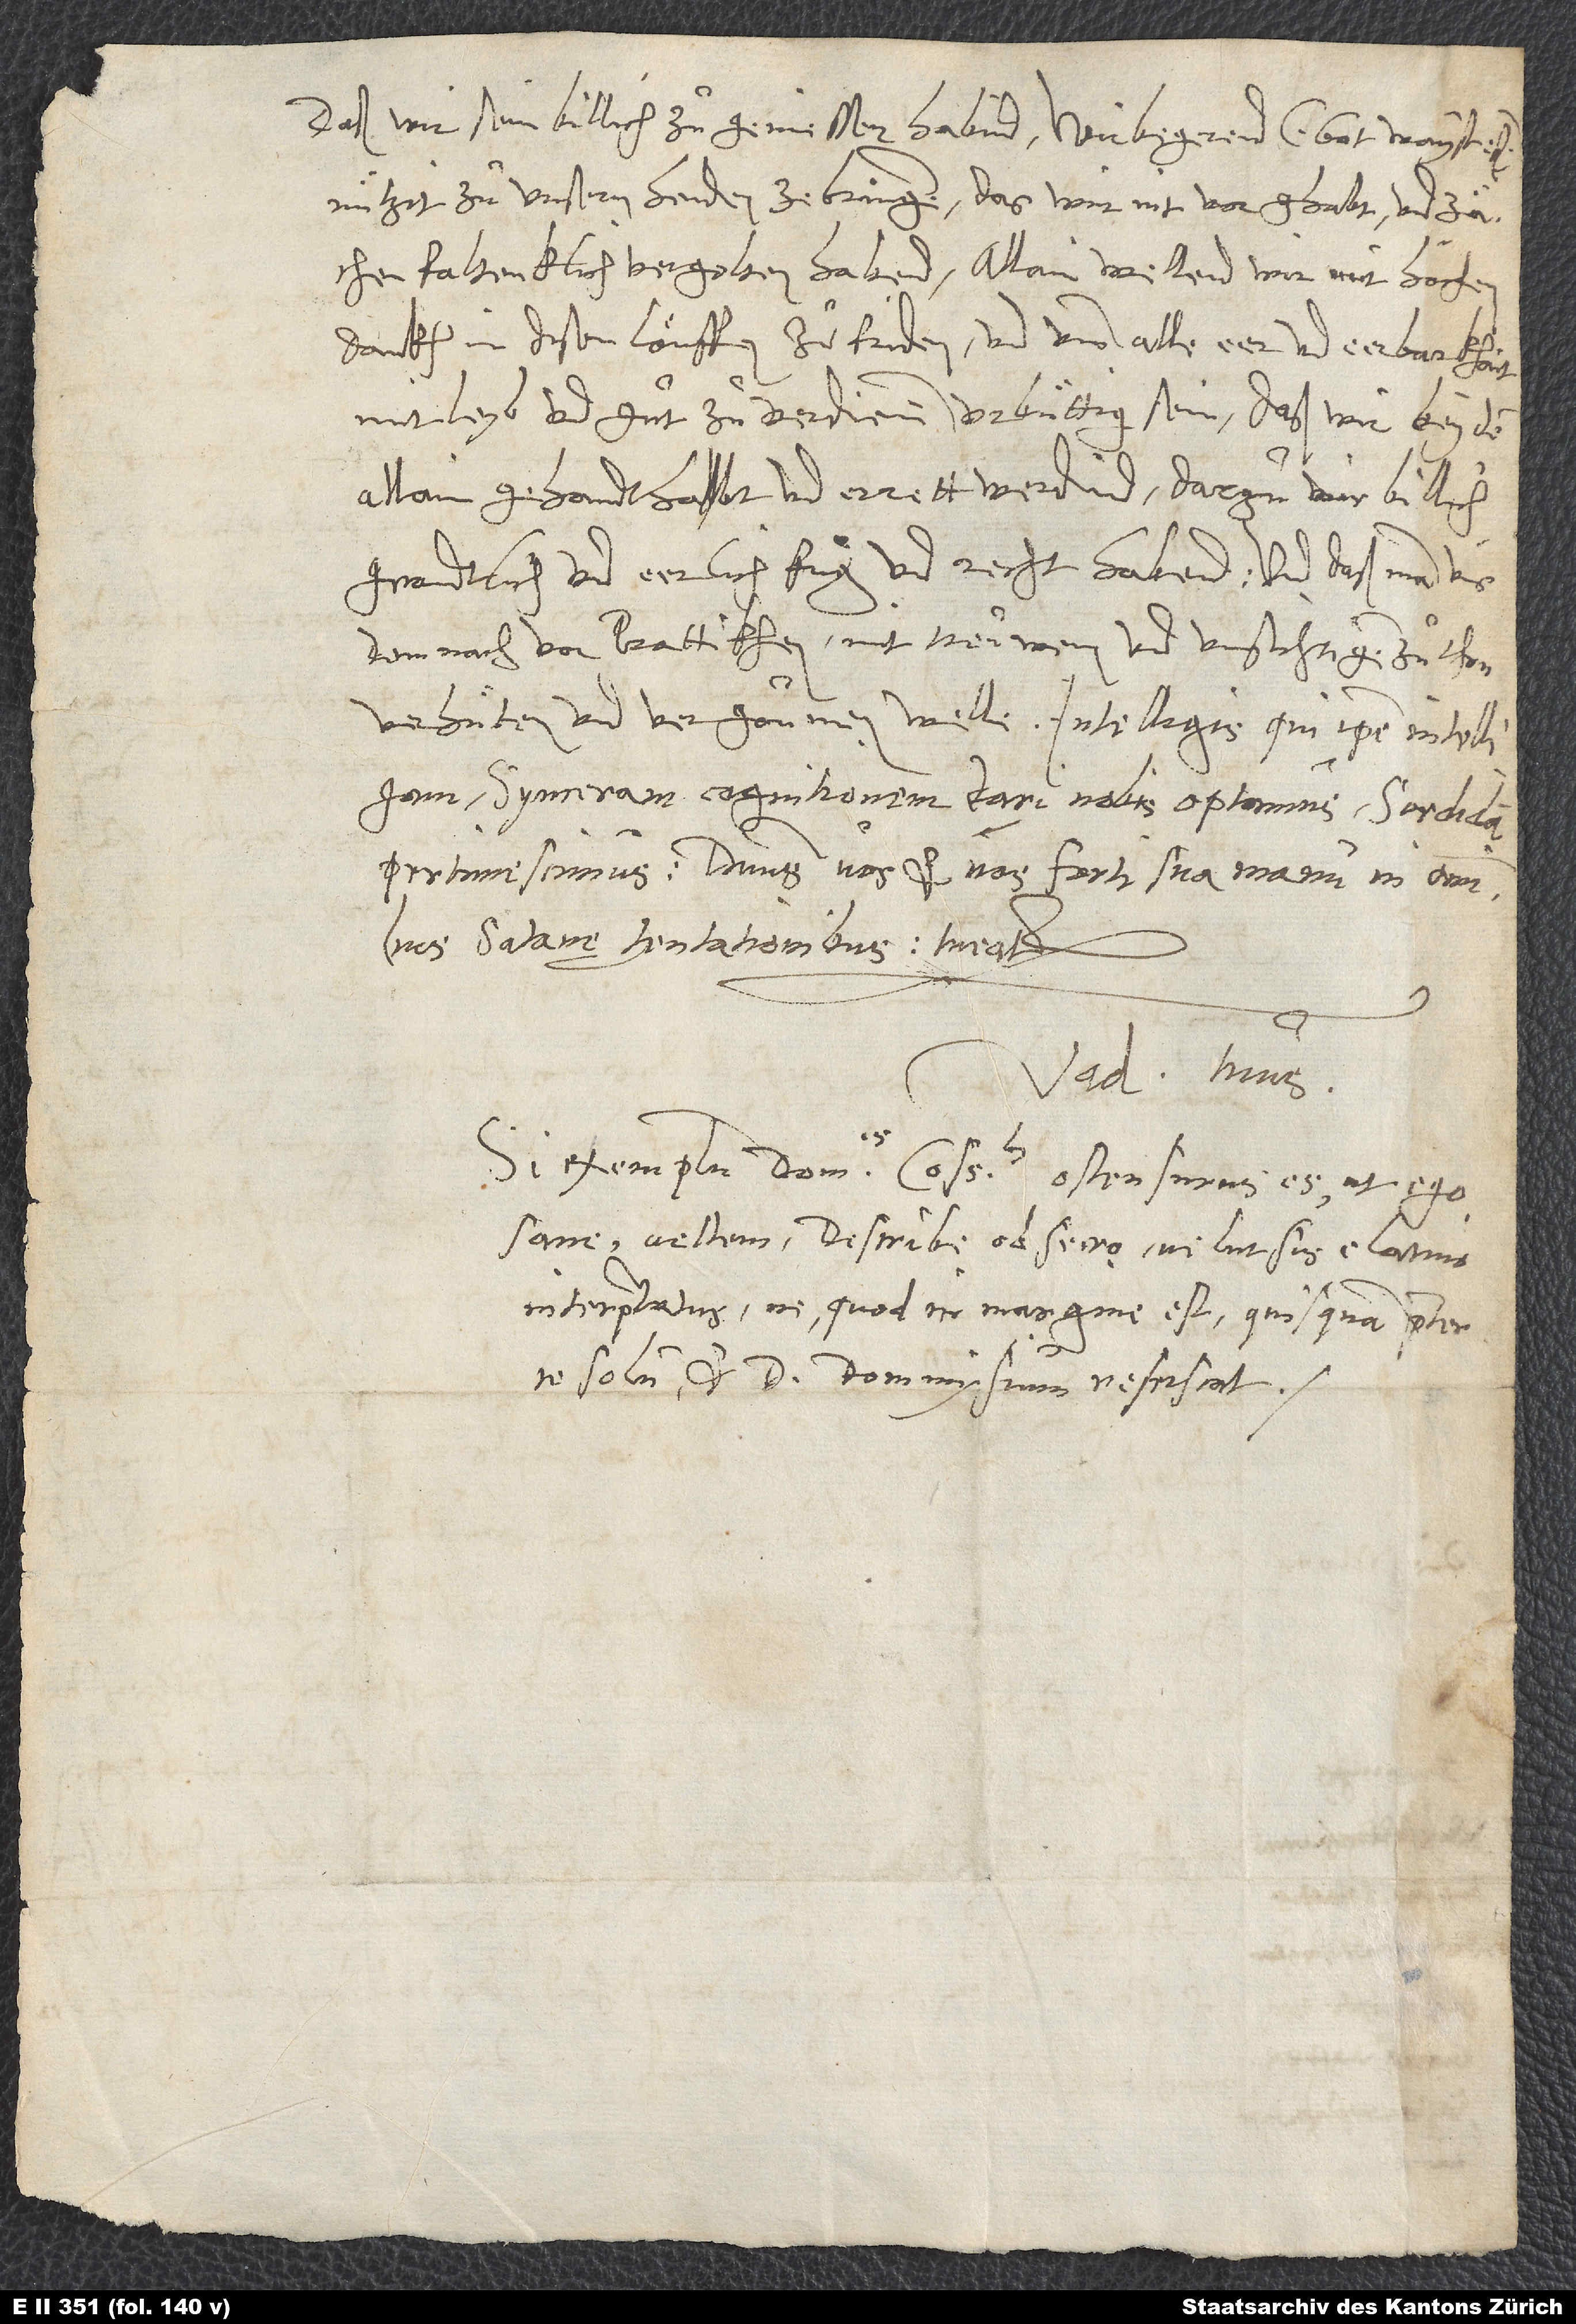
daß wir sein billich zuͦ geniessen habind. Wir begerend (got waist eß)
nützit zuͦ unsern henden ze bringen, das wir nit vor ghabt und
zächenfaltenklich vergolten habend. Allain wellend wir mit höchem
dankh in disen löuffen zuͦfriden und umb alle eer und eerbarkhait
mit leyb und guͦt zuͦ verdienen urbüttig sein, daß wir bey dem
allain gehandthabt und errett werdind, darzuͦ wir billich,
grondtlich und eerlich fuͦg und recht habend, und daß man uns
demnach vor prattikhen mit treuwem und umsichtigem zuͦthon
verhuͤten und vergoumen welle. Intelligis, qui ipse intelligam;
synceram cognitionem dari nobis optamus, sordidam
Satanę tentationibus tueatur!
S.
Vadianus tuus.
Si exemplum dominis consulibus ostensurus es, ut ego
sane vellem, describe, obsecro, velut sis e Latino
interpretatus, ne, quod in margine est, quisquam praeter
te solum et d. Dommysium resciscat.